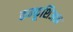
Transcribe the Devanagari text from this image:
कन्फूशिअन